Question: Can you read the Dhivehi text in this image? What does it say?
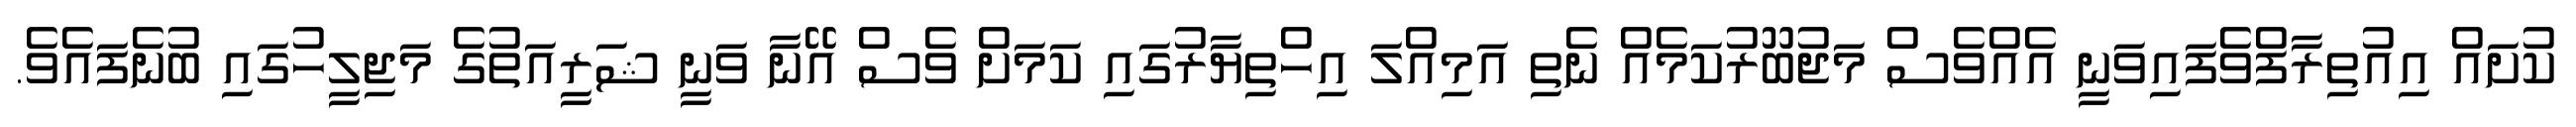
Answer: ކުށައް އިއުތިރާފްވެފައިވަނީ އެއްވެސް މަޖުބޫރުކަމެއް ނެތި އަމިއްލަ އިހްތިޔާރުގައި ކަމަށް ވެސް އޭނާ ވަނީ ޝަރީއަތުގެ މަޖިލީހުގައި ބުނެފައެވެ.